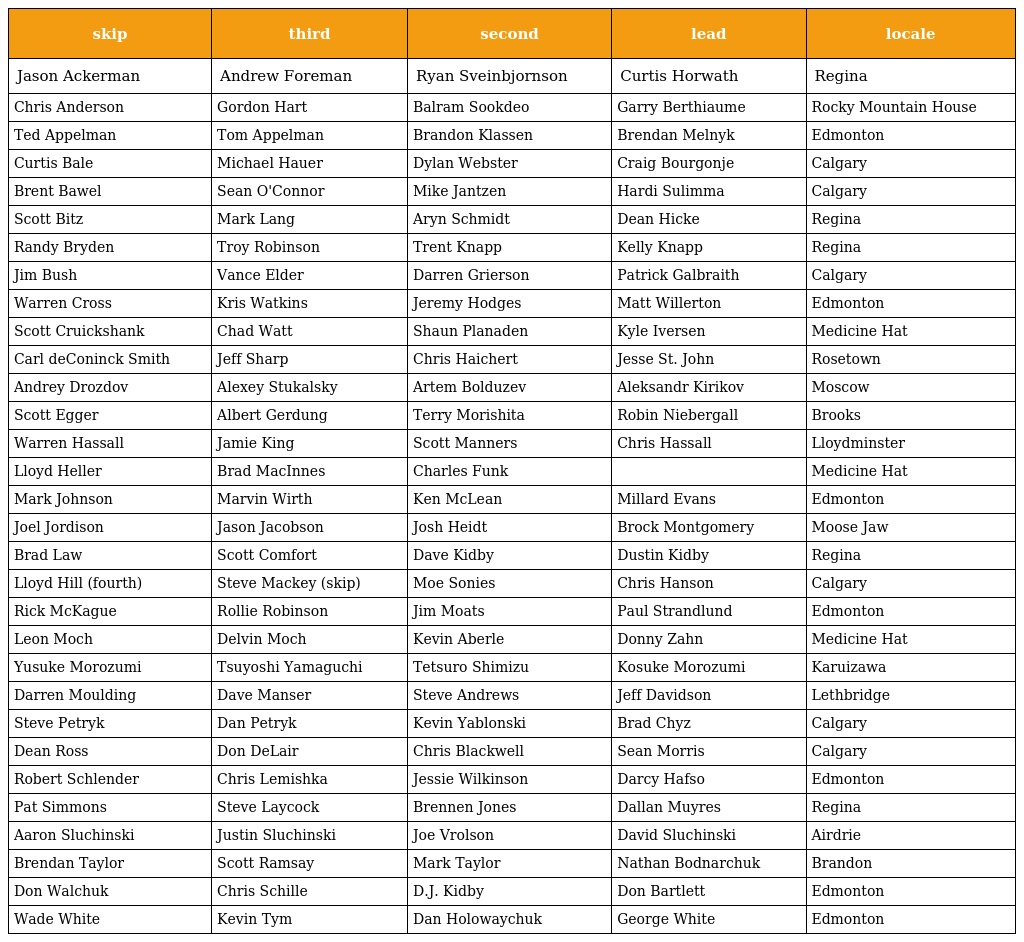
| skip | third | second | lead | locale |
 | --- | --- | --- | --- | --- |
 | Jason Ackerman | Andrew Foreman | Ryan Sveinbjornson | Curtis Horwath | Regina |
 | Chris Anderson | Gordon Hart | Balram Sookdeo | Garry Berthiaume | Rocky Mountain House |
 | Ted Appelman | Tom Appelman | Brandon Klassen | Brendan Melnyk | Edmonton |
 | Curtis Bale | Michael Hauer | Dylan Webster | Craig Bourgonje | Calgary |
 | Brent Bawel | Sean O'Connor | Mike Jantzen | Hardi Sulimma | Calgary |
 | Scott Bitz | Mark Lang | Aryn Schmidt | Dean Hicke | Regina |
 | Randy Bryden | Troy Robinson | Trent Knapp | Kelly Knapp | Regina |
 | Jim Bush | Vance Elder | Darren Grierson | Patrick Galbraith | Calgary |
 | Warren Cross | Kris Watkins | Jeremy Hodges | Matt Willerton | Edmonton |
 | Scott Cruickshank | Chad Watt | Shaun Planaden | Kyle Iversen | Medicine Hat |
 | Carl deConinck Smith | Jeff Sharp | Chris Haichert | Jesse St. John | Rosetown |
 | Andrey Drozdov | Alexey Stukalsky | Artem Bolduzev | Aleksandr Kirikov | Moscow |
 | Scott Egger | Albert Gerdung | Terry Morishita | Robin Niebergall | Brooks |
 | Warren Hassall | Jamie King | Scott Manners | Chris Hassall | Lloydminster |
 | Lloyd Heller | Brad MacInnes | Charles Funk |  | Medicine Hat |
 | Mark Johnson | Marvin Wirth | Ken McLean | Millard Evans | Edmonton |
 | Joel Jordison | Jason Jacobson | Josh Heidt | Brock Montgomery | Moose Jaw |
 | Brad Law | Scott Comfort | Dave Kidby | Dustin Kidby | Regina |
 | Lloyd Hill (fourth) | Steve Mackey (skip) | Moe Sonies | Chris Hanson | Calgary |
 | Rick McKague | Rollie Robinson | Jim Moats | Paul Strandlund | Edmonton |
 | Leon Moch | Delvin Moch | Kevin Aberle | Donny Zahn | Medicine Hat |
 | Yusuke Morozumi | Tsuyoshi Yamaguchi | Tetsuro Shimizu | Kosuke Morozumi | Karuizawa |
 | Darren Moulding | Dave Manser | Steve Andrews | Jeff Davidson | Lethbridge |
 | Steve Petryk | Dan Petryk | Kevin Yablonski | Brad Chyz | Calgary |
 | Dean Ross | Don DeLair | Chris Blackwell | Sean Morris | Calgary |
 | Robert Schlender | Chris Lemishka | Jessie Wilkinson | Darcy Hafso | Edmonton |
 | Pat Simmons | Steve Laycock | Brennen Jones | Dallan Muyres | Regina |
 | Aaron Sluchinski | Justin Sluchinski | Joe Vrolson | David Sluchinski | Airdrie |
 | Brendan Taylor | Scott Ramsay | Mark Taylor | Nathan Bodnarchuk | Brandon |
 | Don Walchuk | Chris Schille | D.J. Kidby | Don Bartlett | Edmonton |
 | Wade White | Kevin Tym | Dan Holowaychuk | George White | Edmonton |